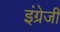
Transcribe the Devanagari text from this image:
इंग्रेजी